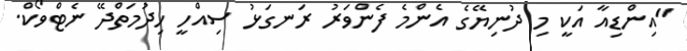
"އިންޑިއާ އަކީ މި ދުނިޔޭގެ އެންމެ ފެންވަރު ރަނގަޅު ސިއްހީ ހިދުމަތްދޭ ނެޓްވޯކް.